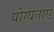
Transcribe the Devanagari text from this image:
योग्यताऐं